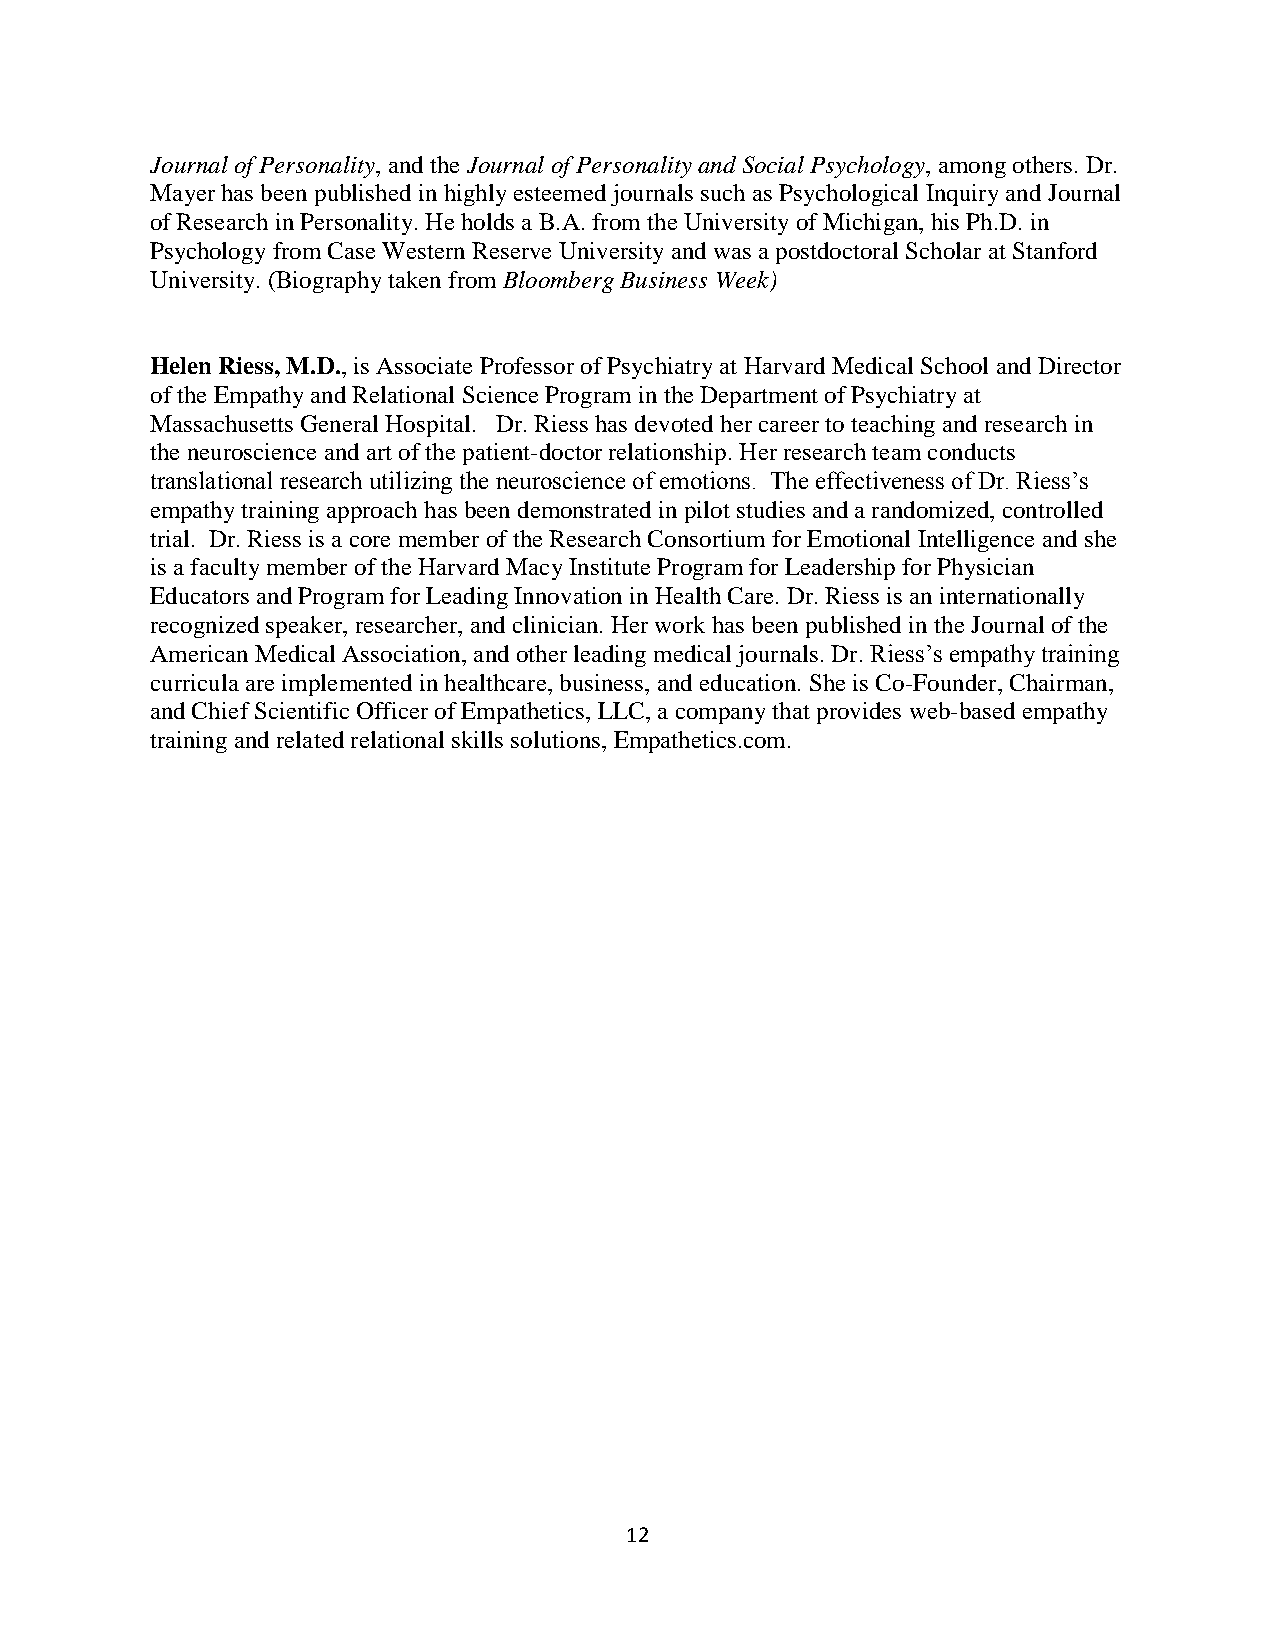
Journal of Personality, and the Journal of Personality and Social Psychology, among others. Dr.
 Mayer has been published in highly esteemed journals such as Psychological Inquiry and Journal
 of Research in Personality. He holds a B.A. from the University of Michigan, his Ph.D. in
 Psychology from Case Western Reserve University and was a postdoctoral Scholar at Stanford
 University. (Biography taken from Bloomberg Business Week)
 Helen Riess, M.D., is Associate Professor of Psychiatry at Harvard Medical School and Director
 of the Empathy and Relational Science Program in the Department of Psychiatry at
 Massachusetts General Hospital. Dr. Riess has devoted her career to teaching and research in
 the neuroscience and art of the patient-doctor relationship. Her research team conducts
 translational research utilizing the neuroscience of emotions. The effectiveness of Dr. Riess’s
 empathy training approach has been demonstrated in pilot studies and a randomized, controlled
 trial. Dr. Riess is a core member of the Research Consortium for Emotional Intelligence and she
 is a faculty member of the Harvard Macy Institute Program for Leadership for Physician
 Educators and Program for Leading Innovation in Health Care. Dr. Riess is an internationally
 recognized speaker, researcher, and clinician. Her work has been published in the Journal of the
 American Medical Association, and other leading medical journals. Dr. Riess’s empathy training
 curricula are implemented in healthcare, business, and education. She is Co-Founder, Chairman,
 and Chief Scientific Officer of Empathetics, LLC, a company that provides web-based empathy
 training and related relational skills solutions, Empathetics.com.
 12